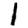
Digit: 1